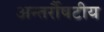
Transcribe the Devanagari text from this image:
अन्तर्रौषटीय